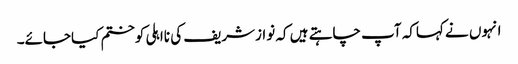
انہوں نے کہاکہ آپ چاہتے ہیں کہ نوازشریف کی نااہلی کوختم کیاجائے۔